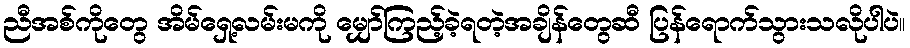
ညီအစ်ကိုတွေ အိမ်ရှေ့လမ်းမကို မျှော်ကြည့်ခဲ့ရတဲ့အချိန်တွေဆီ ပြန်ရောက်သွားသလိုပါပဲ။